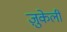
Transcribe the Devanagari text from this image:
ज़ुकेली